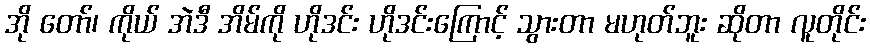
အို တော်၊ ကိုယ် အဲဒီ အိမ်ကို ဟိုဒင်း ဟိုဒင်းကြောင့် သွားတာ မဟုတ်ဘူး ဆိုတာ လူတိုင်း